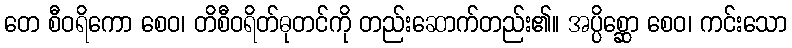
တေ စီဝရိကော စေဝ၊ တိစီဝရိတ်ဓုတင်ကို တည်းဆောက်တည်း၏။ အပ္ပိစ္ဆော စေဝ၊ ကင်းသော